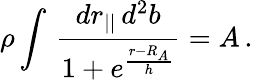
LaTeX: \rho\int\, \frac{dr_{||}\, d^{2}b}{1+e^{\frac{r-R_{A}}{h}}}=A\, .